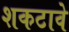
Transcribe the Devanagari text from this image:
शकटावे